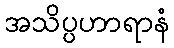
အသိပ္ပဟာရာနံ